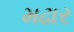
મઢાર